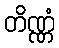
တိဏ္ဏံ